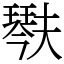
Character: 𤩍